Annual report on the mental hospital in the Central Provinces and Berar (Nagpur) - 1927-1951
Year: 1927
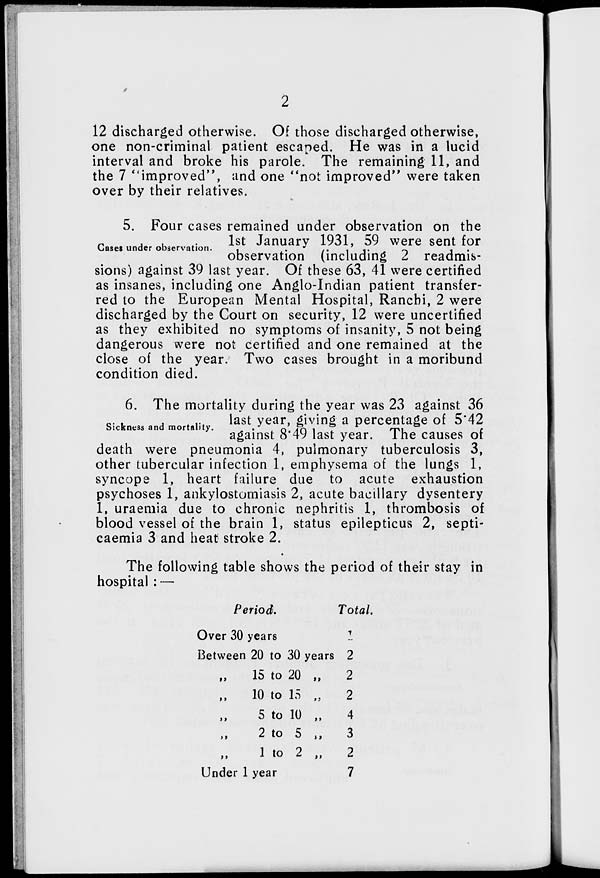
2
12 discharged otherwise. Of those discharged otherwise,
one non-criminal patient escaped. He was in a lucid
interval and broke his parole. The remaining 11, and
the 7 "improved", and one "not improved" were taken
over by their relatives.
Cases under observation.
5. Four cases remained under observation on the
1st January 1931, 59 were sent for
observation (including 2 readmis-
sions) against 39 last year. Of these 63, 41 were certified
as insanes, including one Anglo-Indian patient transfer-
red to the European Mental Hospital, Ranchi, 2 were
discharged by the Court on security, 12 were uncertified
as they exhibited no symptoms of insanity, 5 not being
dangerous were not certified and one remained at the
close of the year. Two cases brought in a moribund
condition died.
Sickness and mortality.
6. The mortality during the year was 23 against 36
last year, giving a percentage of 5.42
against 8.49 last year. The causes of
death were pneumonia 4, pulmonary tuberculosis 3,
other tubercular infection 1, emphysema of the lungs 1,
syncope 1, heart failure due to acute exhaustion
psychoses 1, ankylostomiasis 2, acute bacillary dysentery
1, uraemia due to chronic nephritis 1, thrombosis of
blood vessel of the brain 1, status epilepticus 2, septi-
caemia 3 and heat stroke 2.
The following table shows the period of their stay in
hospital : —
Period.
Over 30 years
Between 20 to 30 years
„ 15 to 20 „
„ 10 to 15 „
„ 5 to 10 „
„ 2 to 5 „
„ 1 to 2 „
Under 1 year
Total.
1
2
2
2
4
3
2
7